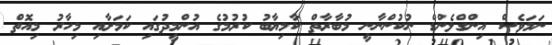
ނަމަވެސް އިންގްލެންޑް ނުކުންނާނީ މުބާރާތް ކާމިޔާބު ކުރުމުގެ އުންމީދުގައި ކަމަށާއި މިހާރު މިއޮތް